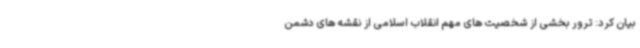
بیان کرد: ترور بخشی از شخصیت های مهم انقلاب اسلامی از نقشه های دشمن